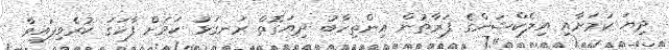
ދިޔަ ކަމަށާއި އިލެކްޝަންގެ ފަރާތުން އިންތިހާބު ދިޔަގޮތް ރަނގަޅު ކަމަށް ފާހަގަ ކުރެވިފައިވާ